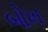
બોખ